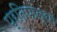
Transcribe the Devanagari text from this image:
प्रतिपात्रम